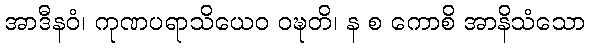
အာဒီနဝံ၊ ကုဏပရာသိယေဝ ဝဍ္ဎတိ၊ န စ ကောစိ အာနိသံသော